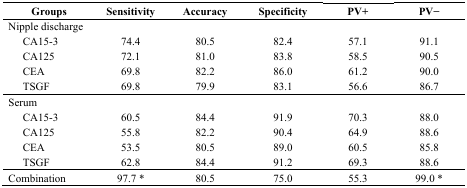
<table><thead><tr><td><b>Groups</b></td><td><b>Sensitivity</b></td><td><b>Accuracy</b></td><td><b>Specificity</b></td><td><b>PV+</b></td><td><b>PV−</b></td></tr></thead><tbody><tr><td>Nipple discharge</td><td></td><td></td><td></td><td></td><td></td></tr><tr><td>CA15-3</td><td>74.4</td><td>80.5</td><td>82.4</td><td>57.1</td><td>91.1</td></tr><tr><td>CA125</td><td>72.1</td><td>81.0</td><td>83.8</td><td>58.5</td><td>90.5</td></tr><tr><td>CEA</td><td>69.8</td><td>82.2</td><td>86.0</td><td>61.2</td><td>90.0</td></tr><tr><td>TSGF</td><td>69.8</td><td>79.9</td><td>83.1</td><td>56.6</td><td>86.7</td></tr><tr><td>Serum</td><td></td><td></td><td></td><td></td><td></td></tr><tr><td>CA15-3</td><td>60.5</td><td>84.4</td><td>91.9</td><td>70.3</td><td>88.0</td></tr><tr><td>CA125</td><td>55.8</td><td>82.2</td><td>90.4</td><td>64.9</td><td>88.6</td></tr><tr><td>CEA</td><td>53.5</td><td>80.5</td><td>89.0</td><td>60.5</td><td>85.8</td></tr><tr><td>TSGF</td><td>62.8</td><td>84.4</td><td>91.2</td><td>69.3</td><td>88.6</td></tr><tr><td>Combination</td><td>97.7 *</td><td>80.5</td><td>75.0</td><td>55.3</td><td>99.0 *</td></tr></tbody></table>